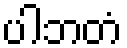
ပါဘတံ